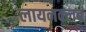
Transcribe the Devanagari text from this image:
लायनक्लब